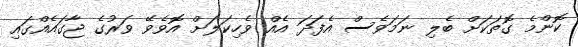
ކޮންމެ ގޮތަކަށް ބެލި ނަމަވެސް އެފަދަ އެއް ވެހިކަލަށް އޮވެވޭ ވަރުގެ ޖާގައެއްގައި